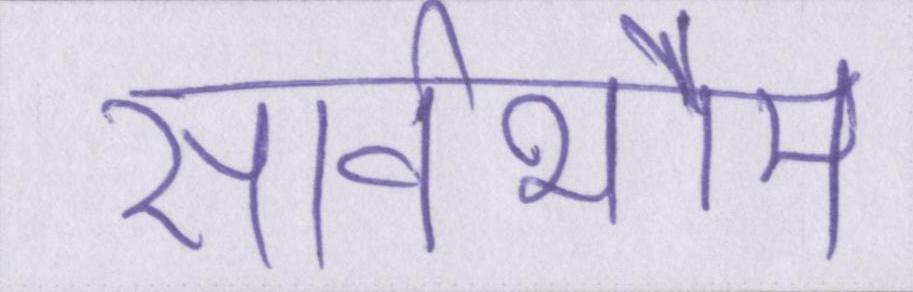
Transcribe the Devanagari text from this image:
सार्वभौम